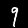
Label: 9